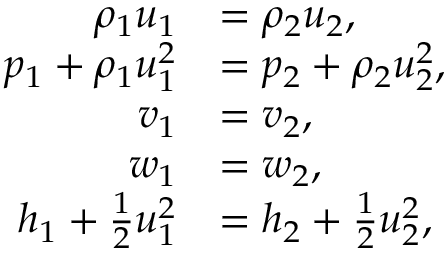
\begin{array} { r l } { \rho _ { 1 } u _ { 1 } } & { = \rho _ { 2 } u _ { 2 } , } \\ { p _ { 1 } + \rho _ { 1 } u _ { 1 } ^ { 2 } } & { = p _ { 2 } + \rho _ { 2 } u _ { 2 } ^ { 2 } , } \\ { v _ { 1 } } & { = v _ { 2 } , } \\ { w _ { 1 } } & { = w _ { 2 } , } \\ { h _ { 1 } + \frac { 1 } { 2 } u _ { 1 } ^ { 2 } } & { = h _ { 2 } + \frac { 1 } { 2 } u _ { 2 } ^ { 2 } , } \end{array}